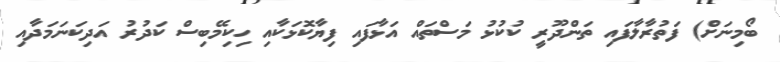
ބޯމިނަށް) ފަތުރާލާފައި ތަންދޫރީ ކުކުޅު މަސްތައް އަޅާފައި ފިޔާކޮޅަކާއި ހިކިމޭބިސް ކަދުރު އަދިކަނަމަދާއި